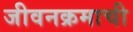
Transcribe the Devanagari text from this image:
जीवनक्रमाची